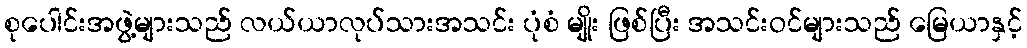
စုပေါင်းအဖွဲ့များသည် လယ်ယာလုပ်သားအသင်း ပုံစံ မျိုး ဖြစ်ပြီး အသင်းဝင်များသည် မြေယာနှင့်